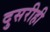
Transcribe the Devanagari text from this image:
दुसरीही